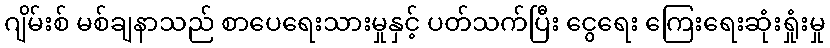
ဂျိမ်းစ် မစ်ချနာသည် စာပေရေးသားမှုနှင့် ပတ်သက်ပြီး ငွေရေး ကြေးရေးဆုံးရှုံးမှု